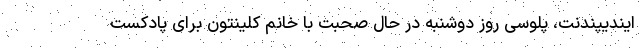
ایندیپندنت، پلوسی روز دوشنبه در حال صحبت با خانم کلینتون برای پادکست